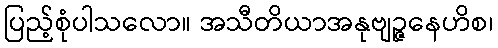
ပြည့်စုံပါသလော။ အသီတိယာအနုဗျဉ္ဇနေဟိစ၊